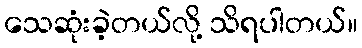
သေဆုံးခဲ့တယ်လို့ သိရပါတယ်။